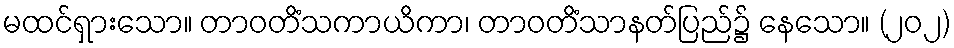
မထင်ရှားသော။ တာဝတိံသကာယိကာ၊ တာဝတိံသာနတ်ပြည်၌ နေသော။ (၂၀၂)